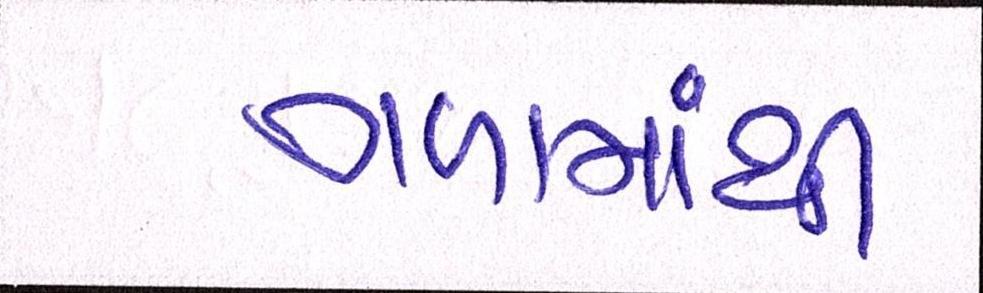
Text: ગળામાંથી